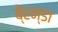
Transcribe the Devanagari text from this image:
बे्रन्डा